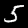
Label: 5